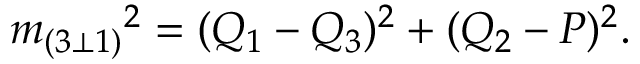
{ m _ { ( 3 \bot 1 ) } } ^ { 2 } = ( Q _ { 1 } - Q _ { 3 } ) ^ { 2 } + ( Q _ { 2 } - P ) ^ { 2 } .